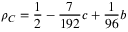
\rho _ { C } = \frac { 1 } { 2 } - \frac { 7 } { 1 9 2 } c + \frac { 1 } { 9 6 } b